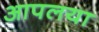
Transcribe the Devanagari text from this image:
आपलया